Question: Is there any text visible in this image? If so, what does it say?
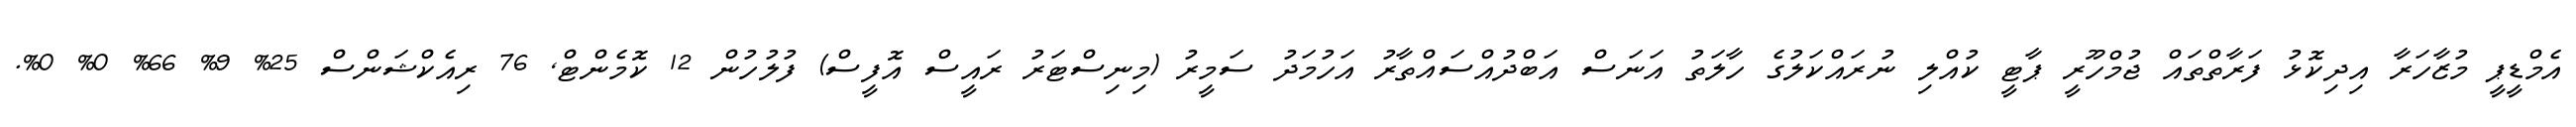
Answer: އެމްޑީޕީ މުޒާހަރާ އިދިކޮޅު ފަރާތްތައް ޖުމްހޫރީ ޕާޓީ ކުއްލި ނުރައްކަލުގެ ހާލަތު އަނަސް އަބްދުއްސައްތާރު އަހުމަދު ސަމީރު (މިނިސްޓަރު ރައީސް އޮފީސް) ފުލުހުން 12 ކޮމެންޓް, 76 ރިއެކްޝަންސް 25% 9% 66% 0% 0%.